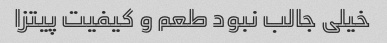
خیلی جالب نبود طعم و کیفیت پیتزا